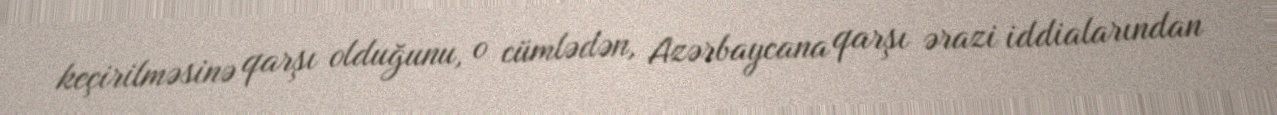
keçirilməsinə qarşı olduğunu, o cümlədən, Azərbaycana qarşı ərazi iddialarından